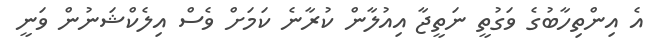
އެ އިންތިހާބުގެ ވަގުތީ ނަތީޖާ އިއުލާން ކުރާނެ ކަމަށް ވެސް އިލެކްޝަނުން ވަނީ